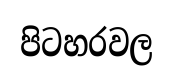
පිටහරවල